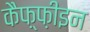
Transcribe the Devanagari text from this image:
कैफ़्फ़ीइन